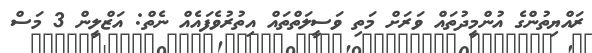
ރައްޔިތުންގެ އުންމީދުތައް ވަރަށް މަތި ވަސީލަތްތައް އިތުރުވެފައެއް ނެތް: އަޒްލީން 3 މަސް